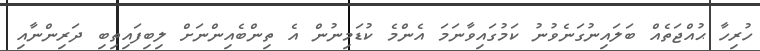
ހުރިހާ ޙުއްޖަތެއް ބަލައިނުގަނެވުނު ކަމުގައިވާނަމަ އެންމެ ކުޑަމިނުން އެ ތިންބެއިންނަށް ލިބިފައިތިބި ދަރިންނާއި